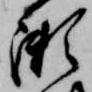
瀬